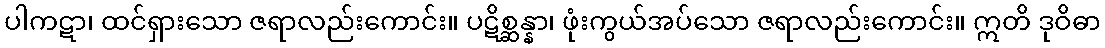
ပါကဋာ၊ ထင်ရှားသော ဇရာလည်းကောင်း။ ပဋိစ္ဆန္နာ၊ ဖုံးကွယ်အပ်သော ဇရာလည်းကောင်း။ ဣတိ ဒုဝိဓာ